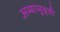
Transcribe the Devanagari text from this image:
अभ्यासूवृत्ती